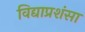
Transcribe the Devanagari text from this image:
विद्याप्रशंसा